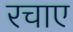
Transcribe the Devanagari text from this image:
रचाए